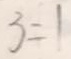
3 = 1